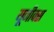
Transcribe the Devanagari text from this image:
यूनीक्स